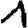
Digit: 1